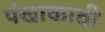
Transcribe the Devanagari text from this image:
पंखाकाठी